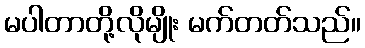
မပါတာတို့လိုမျိုး မက်တတ်သည်။